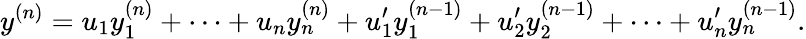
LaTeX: y^{(n)}=u_{1}y_{1}^{(n)}+\cdots+u_{n}y_{n}^{(n)}+u_{1}^{\prime}y_{1}^{(n-1)}+u_{2}^{\prime}y_{2}^{(n-1)}+\cdots+u_{n}^{\prime}y_{n}^{(n-1)}.